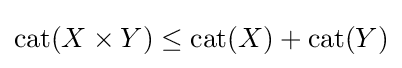
\operatorname {cat} (X\times Y)\leq \operatorname {cat} (X)+\operatorname {cat} (Y)